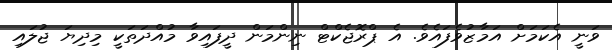
ވަނީ އެކަމަށް އަމާޒުވެފައެވެ. އެ ޕްރޮޖެކްޓް ނިންމަން ދީފައިވާ މުއްދަތަކީ މިދިޔަ ޖުލައި